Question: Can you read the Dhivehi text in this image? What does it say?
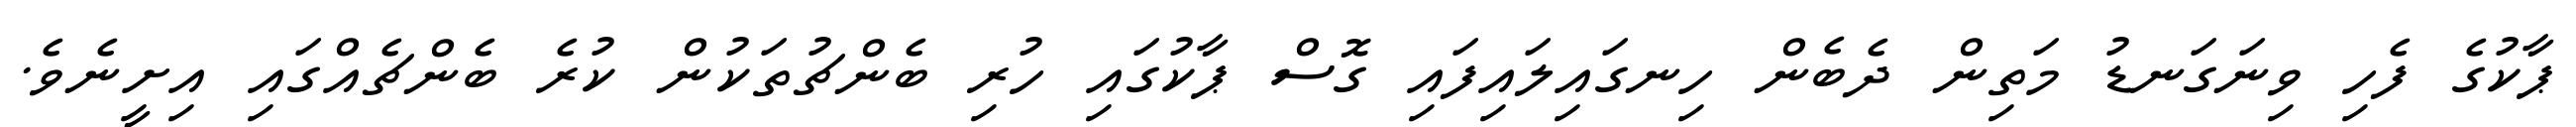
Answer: ޕާކުގެ ފެހި ވިނަގަނޑު މަތިން ދެބެން ހިނގައިލައިފައި ގޮސް ޕާކުގައި ހުރި ބެންޗުތަކުން ކުރެ ބެންޗެއްގައި އިށީނެވެ.